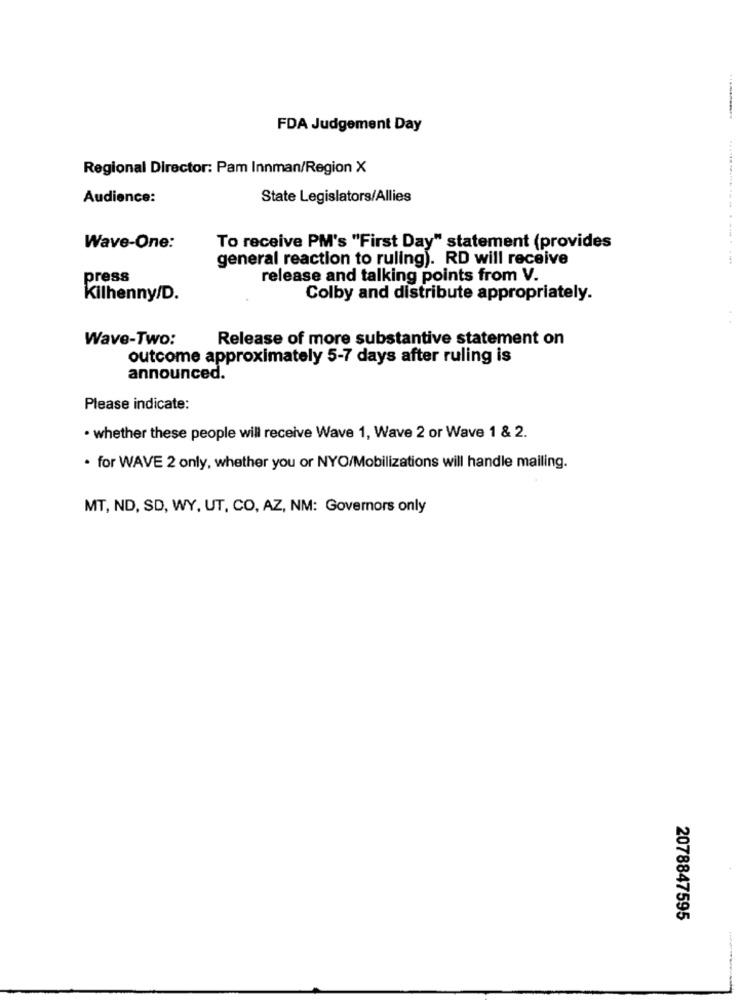
FDA Judgement Day
Regional Director: Pam Innman/Region X
Audience:
State Legislators/Allies
Wave-One:
To receive PM's "First Day" statement (provides
general reaction to ruling). RD will receive
press
release and talking points from V.
Kilhenny/D.
Colby and distribute appropriately.
Wave-Two:
Release of more substantive statement on
outcome approximately 5-7 days after ruling is
announced.
Please indicate:
. whether these people will receive Wave 1, Wave 2 or Wave 1 & 2.
. for WAVE 2 only, whether you or NYO/Mobilizations will handle mailing.
MT, ND, SD, WY, UT, CO, AZ, NM: Governors only
2078847595